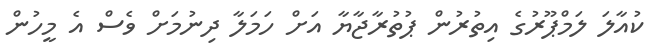
ކުއާލަ ލަމްޕޫރުގެ އިތުރުން ޕުތުރާޖާޔާ އަށް ހަމަލާ ދިނުމަށް ވެސް އެ މީހުން